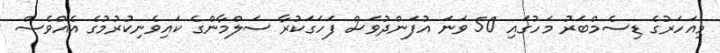
މިއަހަރުގެ ޑިސެމްބަރު މަހުގައި 50 ވަނަ އުފަންދުވަސް ފަހަގަކުރާ ސަލްމާންގެ ކައިވެނިކުރުމުގެ އެއްވެސް